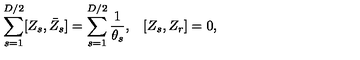
\begin{array} { l l } { \displaystyle { \sum _ { s = 1 } ^ { D / 2 } [ Z _ { s } , \bar { Z } _ { s } ] = \sum _ { s = 1 } ^ { D / 2 } \frac { 1 } { \theta _ { s } } } , } & { [ Z _ { s } , Z _ { r } ] = 0 , } \\ \end{array}